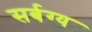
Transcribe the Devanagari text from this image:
सर्बग्य